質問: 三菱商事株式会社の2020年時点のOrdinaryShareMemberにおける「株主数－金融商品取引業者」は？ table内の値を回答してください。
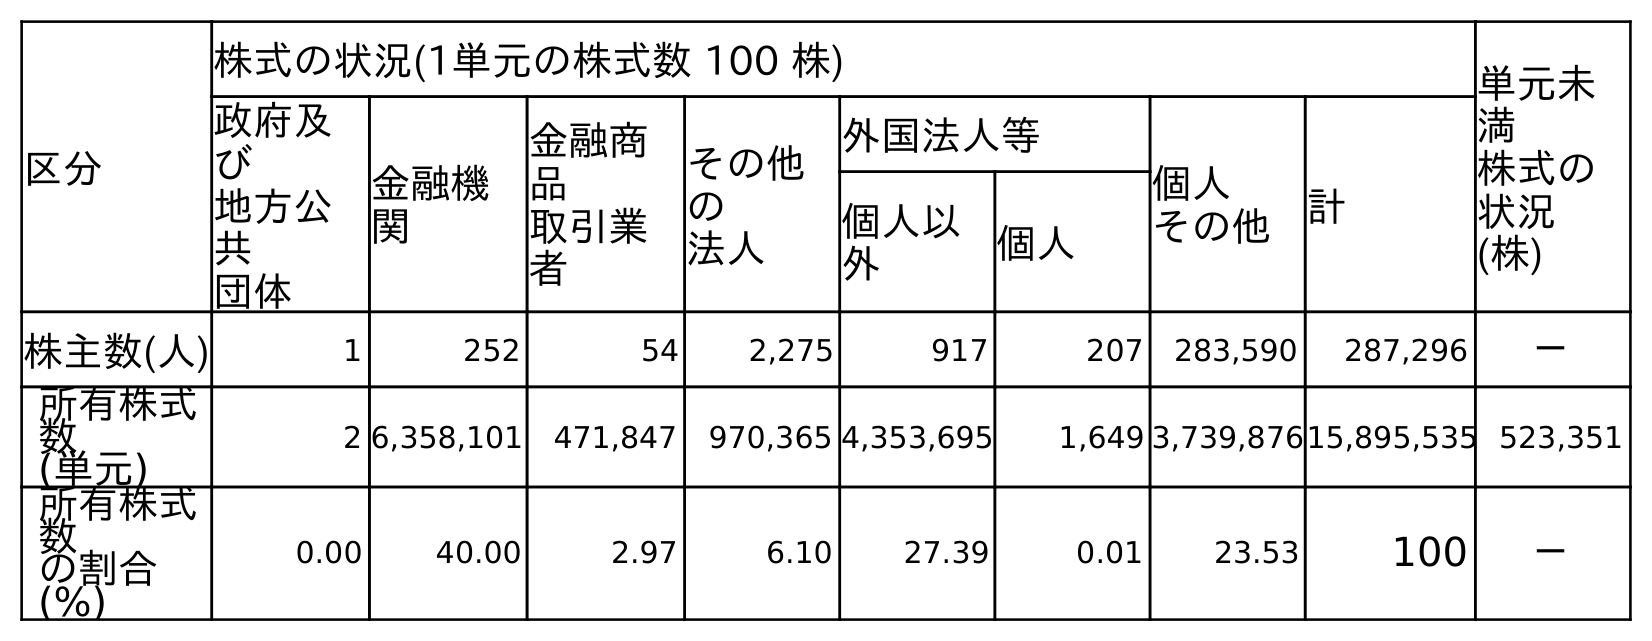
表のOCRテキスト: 区分 株式の状況(1単元の株式数 100 株) 単元未 満 株式の 状況 (株) 政府及 び 地方公 共 団体 金融機 関 金融商 品 取引業 者 その他 の 法人 外国法人等 個人 その他 計 個人以 外 個人 株主数(人) 1 252 54 2,275 917 207 283,590 287,296 － 所有株式 数 (単元) 2 6,358,101 471,847 970,365 4,353,695 1,649 3,739,87615,895,535 523,351 所有株式 数 の割合 (%) 0.00 40.00 2.97 6.10 27.39 0.01 23.53 100 －
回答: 54